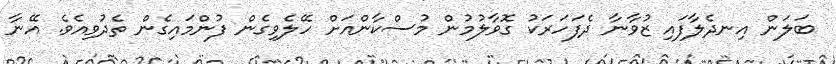
ބަލަން އިނދެލާފައި ޒުވާނާ ދެފަހަރަކު ގޮވާލުމުން މުސްކާންއަށް ހޭލެވިގެން ފުންމައިގެން ތެދުވިއެވެ. އޭނާ